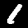
Label: 1